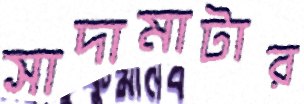
সাদামাটার